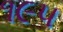
૧૯૫